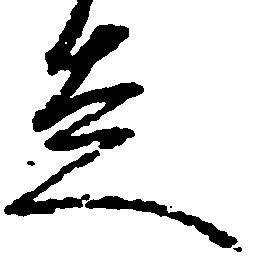
走